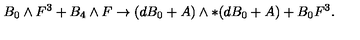
B _ { 0 } \wedge F ^ { 3 } + B _ { 4 } \wedge F \to ( d B _ { 0 } + A ) \wedge * ( d B _ { 0 } + A ) + B _ { 0 } F ^ { 3 } .